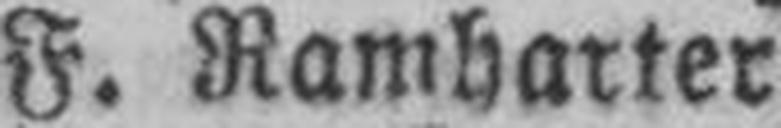
F. Ramharter